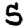
Digit: 5